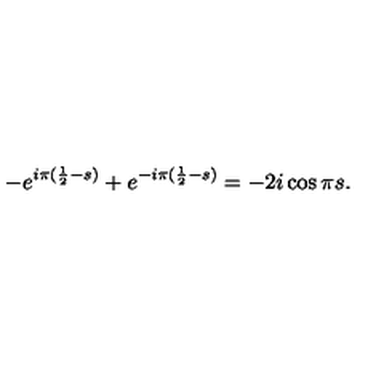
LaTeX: - e ^ { i \pi ( \frac 1 2 - s ) } + e ^ { - i \pi ( \frac 1 2 - s ) } = - 2 i \cos \pi s .